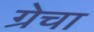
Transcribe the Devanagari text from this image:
ग्रेचा